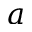
a